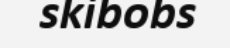
skibobs